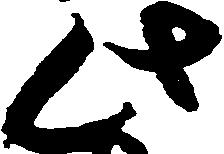
此